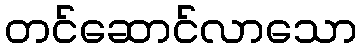
တင်ဆောင်လာသော